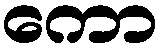
ကော